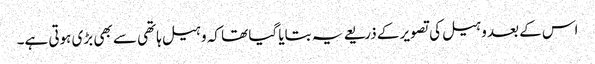
اس کے بعد وہیل کی تصویر کے ذریعے یہ بتایا گیا تھا کہ وہیل ہاتھی سے بھی بڑی ہوتی ہے۔